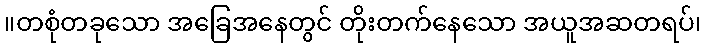
။တစုံတခုသော အခြေအနေတွင် တိုးတက်နေသော အယူအဆတရပ်၊